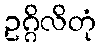
ဥဂ္ဂိလိတုံ